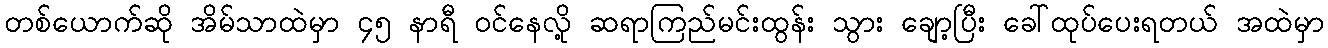
တစ်ယောက်ဆို အိမ်သာထဲမှာ ၄၅ နာရီ ဝင်နေလို့ ဆရာကြည်မင်းထွန်း သွား ချော့ပြီး ခေါ်ထုပ်ပေးရတယ် အထဲမှာ